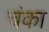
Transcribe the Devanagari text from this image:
चंका